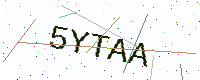
Text: 5YTAA